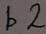
Text: b2